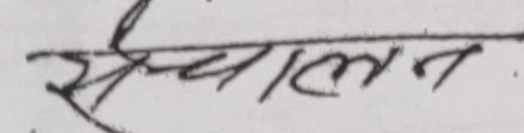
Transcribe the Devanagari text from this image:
सञ्चालन